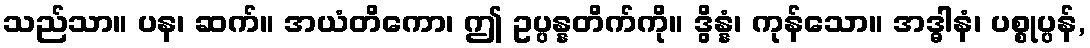
သည်သာ။ ပန၊ ဆက်။ အယံတိကော၊ ဤ ဥပ္ပန္နတိက်ကို။ ဒွိန္နံ၊ ကုန်သော။ အဒ္ဓါနံ၊ ပစ္စုပ္ပန်,